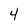
Character: 4